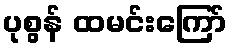
ပုစွန် ထမင်းကြော်